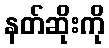
နတ်ဆိုးကို